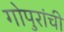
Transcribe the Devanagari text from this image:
गोपुरांची